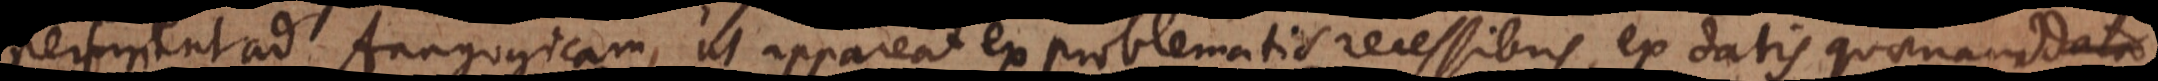
pertinent ad Anagogicam, ut appareat ex problematis recessibus, ex datis quaenam data